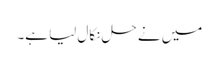
میں نے حل نکال لیا ہے۔